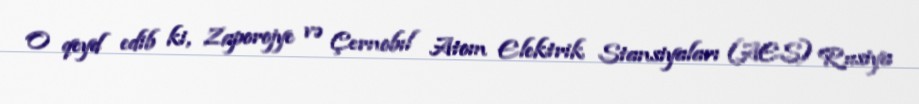
O qeyd edib ki, Zaporojye və Çernobıl Atom Elektrik Stansiyaları (AES) Rusiya